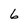
Character: 6